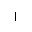
Letter: _alif